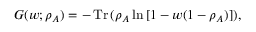
G ( w ; \rho _ { A } ) = - \operatorname { T r } { ( \rho _ { A } \ln { [ 1 - w ( 1 - \rho _ { A } ) ] } ) } ,